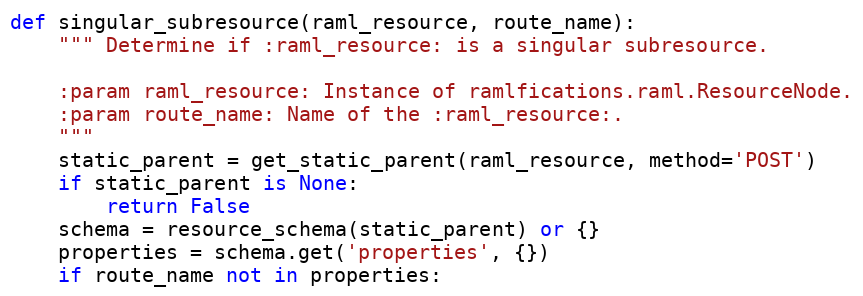
Language: Python
def singular_subresource(raml_resource, route_name):
    """ Determine if :raml_resource: is a singular subresource.

    :param raml_resource: Instance of ramlfications.raml.ResourceNode.
    :param route_name: Name of the :raml_resource:.
    """
    static_parent = get_static_parent(raml_resource, method='POST')
    if static_parent is None:
        return False
    schema = resource_schema(static_parent) or {}
    properties = schema.get('properties', {})
    if route_name not in properties: